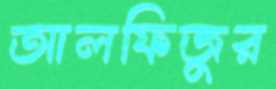
আলফিজুর